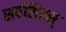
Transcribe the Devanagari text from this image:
सर्पसिरस्